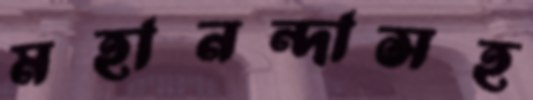
মহানন্দাসহ